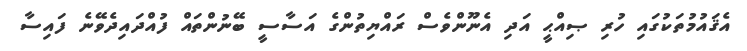
އެޤައުމުތަކުގައި ހުރި ޞިއްޙީ އަދި އެނޫންވެސް ރައްޔިތުންގެ އަސާސީ ބޭނުންތައް ފުއްދައިދެވޭނެ ފައިސާ